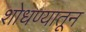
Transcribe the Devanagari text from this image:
शोधण्यातून